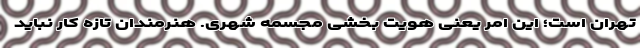
تهران است؛ این امر یعنی هویت بخشی مجسمه شهری. هنرمندان تازه کار نباید